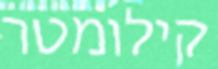
קילומטר